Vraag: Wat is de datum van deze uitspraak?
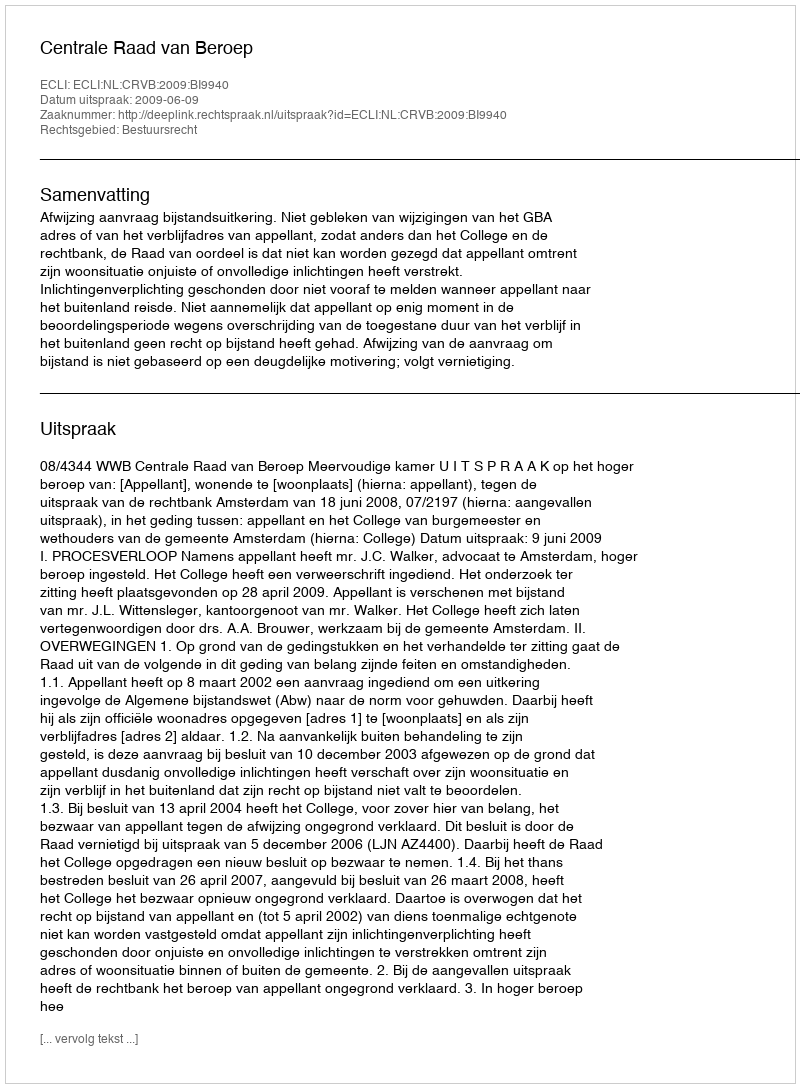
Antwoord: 2009-06-09